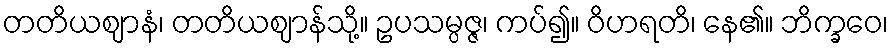
တတိယဈာနံ၊ တတိယဈာန်သို့။ ဥပသမ္ပဇ္ဇ၊ ကပ်၍။ ဝိဟရတိ၊ နေ၏။ ဘိက္ခဝေ၊